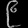
Digit: ၉